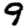
Digit: 9